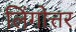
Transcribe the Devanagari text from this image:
लिंगोत्तर